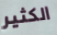
الكثير